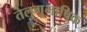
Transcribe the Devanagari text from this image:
तेलुगूभाषिक